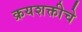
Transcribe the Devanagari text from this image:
क्रयशक्तीचे